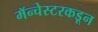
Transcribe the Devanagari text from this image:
मॅन्चेस्टरकडून